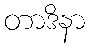
တာဒိနာ